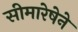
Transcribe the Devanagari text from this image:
सीमारेषेने